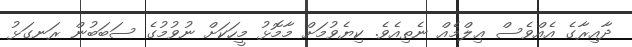
ދާއިރާގެ އެއްވެސް ޢިލްމެއް ނެތިއެވެ. ކިޔެވުމަށް މާމޮޅު މީހަކަށް ނުވުމުގެ ސަބަބުން ރަނގަޅު